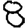
Digit: 8